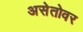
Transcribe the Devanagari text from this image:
असेतोवर